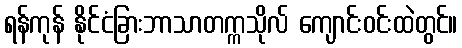
ရန်ကုန် နိုင်ငံခြားဘာသာတက္ကသိုလ် ကျောင်းဝင်းထဲတွင်။